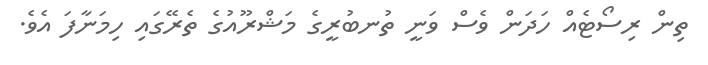
ތިން ރިސޯޓެއް ހަދަން ވެސް ވަނީ ތުނބުރީގެ މަޝްރޫއުގެ ތެރޭގައި ހިމަނާފަ އެވެ.